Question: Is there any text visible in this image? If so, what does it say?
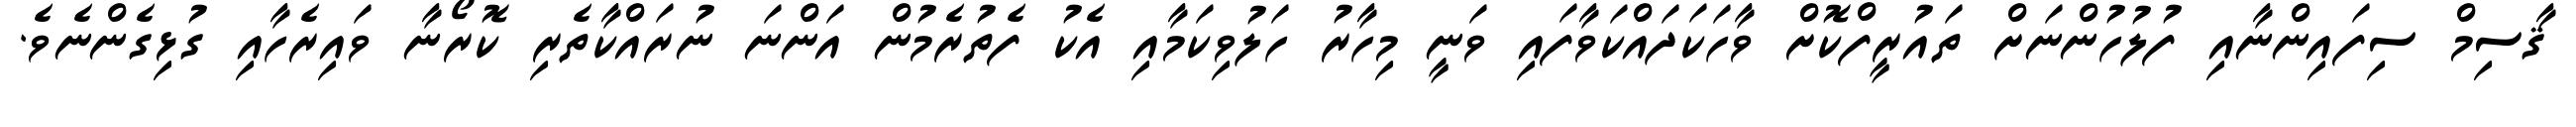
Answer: ޤާސިމް ސިފައިންނާއި ފުލުހުންނަށް ތައުރީފްކޮށް ވާހަކަދައްކަވާފައި ވަނީ މިހާރު ހަލުވިކަމާއި އެކު ފެތުރެމުން އަންނަ ނުރައްކާތެރި ކޮރޯނާ ވައިރެހާއި ގުޅިގެންނެވެ.